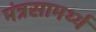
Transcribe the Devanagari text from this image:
मंत्रसामर्थ्य